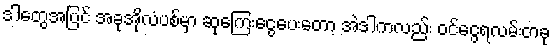
ဒါတွေအပြင် အခုအိုလံပစ်မှာ ဆုကြေးငွေပေးတော့ အဲဒါကလည်း ဝင်ငွေရလမ်းတခု